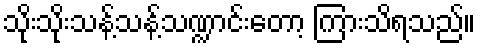
သိုးသိုးသန့်သန့်သဏ္ဍာင်းတော့ ကြားသိရသည်။